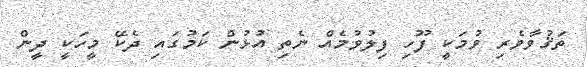
ތަޤުވާވެރި ވުމަކީ ފޫހި ފިލުވުމެއް ނެތި އުޅުން ކަމުގައި ދެކޭ މީހަކީ ދީން